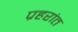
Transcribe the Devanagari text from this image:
प्रहरांत